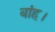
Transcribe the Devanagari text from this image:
बांह।